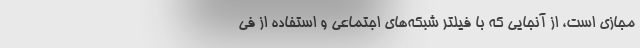
مجازی است، از آنجایی که با فیلتر شبکه‌های اجتماعی و استفاده از فی